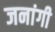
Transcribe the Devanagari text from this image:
जनांगी